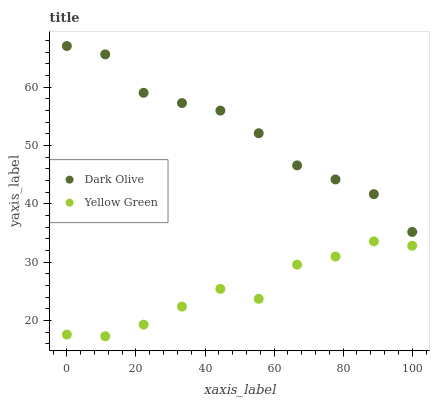
| xaxis_label | Dark Olive | Yellow Green |
 | --- | --- | --- |
 | 0 | 67 | 17.6 |
 | 11.1 | 65.6 | 17.3 |
 | 22.2 | 59 | 19.3 |
 | 33.3 | 57.3 | 22.4 |
 | 44.4 | 56 | 25.4 |
 | 55.6 | 52.1 | 23.7 |
 | 66.7 | 46.6 | 29.6 |
 | 77.8 | 44.2 | 31 |
 | 88.9 | 41.7 | 33.6 |
 | 100 | 35.2 | 32.8 |